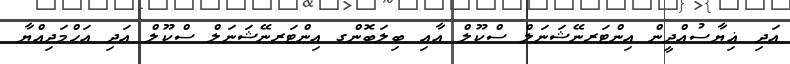
އަދި ޣިޔާސުއްދީން އިންޓަރނޭޝަނަލް ސްކޫލް އާއި ބިލަބޮންގ އިންޓަރނޭޝަނަލް ސްކޫލް އަދި އަޙްމަދިއްޔާ